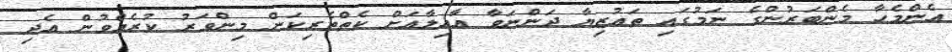
އެންމެހާ މެންބަރުންގެ ނަމުގައި ތަޢުޒިޔާ ދަންނަވާ ޢާއިލާއަށް ކެތްތެރިކަން މިންވަރު ކުރެއްވުން އެދި